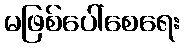
မဖြစ်ပေါ်စေရေး